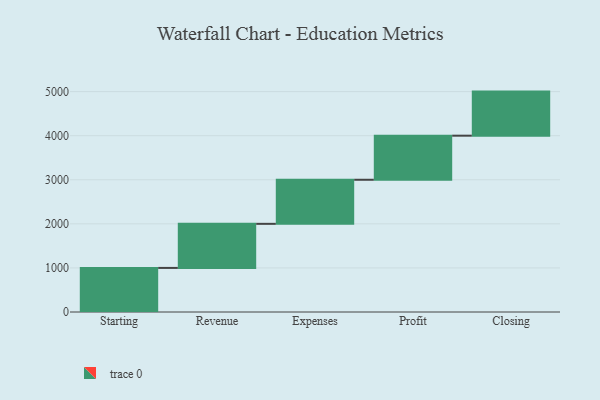
{"axis": {"x": "Step", "y": "Value"}, "legend": [""], "data": [{"x": "Starting", "y": 1000, "type": ""}, {"x": "Revenue", "y": 1000, "type": ""}, {"x": "Expenses", "y": 1000, "type": ""}, {"x": "Profit", "y": 1000, "type": ""}, {"x": "Closing", "y": 1000, "type": ""}]}